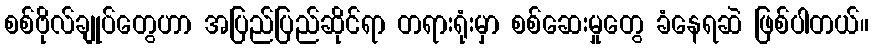
စစ်ဗိုလ်ချုပ်တွေဟာ အပြည်ပြည်ဆိုင်ရာ တရားရုံးမှာ စစ်ဆေးမှုတွေ ခံနေရဆဲ ဖြစ်ပါတယ်။